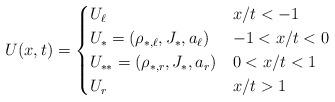
LaTeX: \begin{align*}U(x,t) = \begin{cases}U_\ell& x/t<-1\\U_*=(\rho_{*,\ell}, J_*,a_\ell) & -1<x/t<0\\U_{**}=(\rho_{*,r}, J_*,a_r) & 0<x/t<1\\U_r & x/t> 1\end{cases}\end{align*}